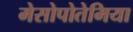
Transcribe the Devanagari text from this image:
मेसोपोतेमिया